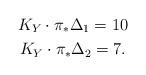
LaTeX: \begin{gather*}K_Y \cdot \pi_{\ast}\Delta_1=10\\K_Y\cdot \pi_{\ast}\Delta_2 =7.\end{gather*}